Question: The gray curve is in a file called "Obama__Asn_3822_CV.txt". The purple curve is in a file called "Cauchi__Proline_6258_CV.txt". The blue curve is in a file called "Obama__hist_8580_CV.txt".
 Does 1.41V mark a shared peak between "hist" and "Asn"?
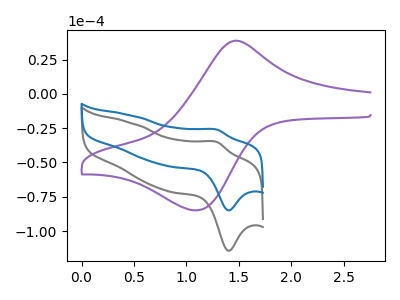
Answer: <think>The gray curve "Asn" has an anodic peak at (1.30V, -35.25uA) and a cathodic peak at (1.40V, -114.40uA). The purple curve "Proline" has an anodic peak at (1.45V, 38.35uA) and a cathodic peak at (1.10V, -84.90uA). The blue curve "hist" has an anodic peak at (1.30V, -26.20uA) and a cathodic peak at (1.40V, -84.90uA).</think>
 <answer>Yes, "hist" and "Asn" share a peak at 1.41V.</answer>
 <eval>match</eval>